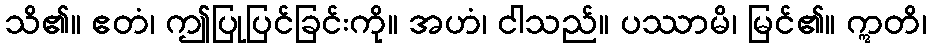
သိ၏။ ဧတံ၊ ဤပြုပြင်ခြင်းကို။ အဟံ၊ ငါသည်။ ပဿာမိ၊ မြင်၏။ ဣတိ၊